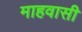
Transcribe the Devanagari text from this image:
माहवासी